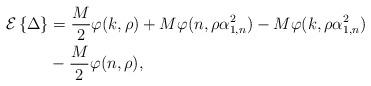
LaTeX: \begin{align*}\mathcal{E}\left\{\Delta\right\} &= \frac{M}{2}\varphi(k,\rho) +M\varphi(n,\rho \alpha_{1,n}^2) - M \varphi(k,\rho \alpha_{1,n}^2) \\ & -\frac{M}{2}\varphi(n,\rho ) ,\end{align*}